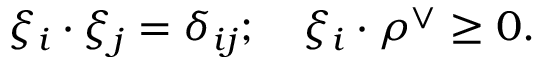
\xi _ { i } \cdot \xi _ { j } = \delta _ { i j } ; \quad \xi _ { i } \cdot \rho ^ { \vee } \geq 0 .